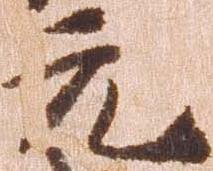
元